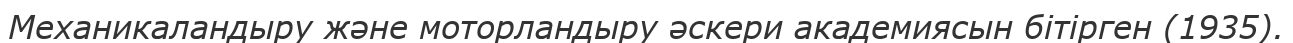
Механикаландыру және моторландыру әскери академиясын бітірген (1935).